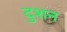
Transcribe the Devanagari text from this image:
दुशन